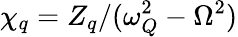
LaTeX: \chi_{q}=Z_{q}/(\omega_{Q}^{2}-\Omega^{2})